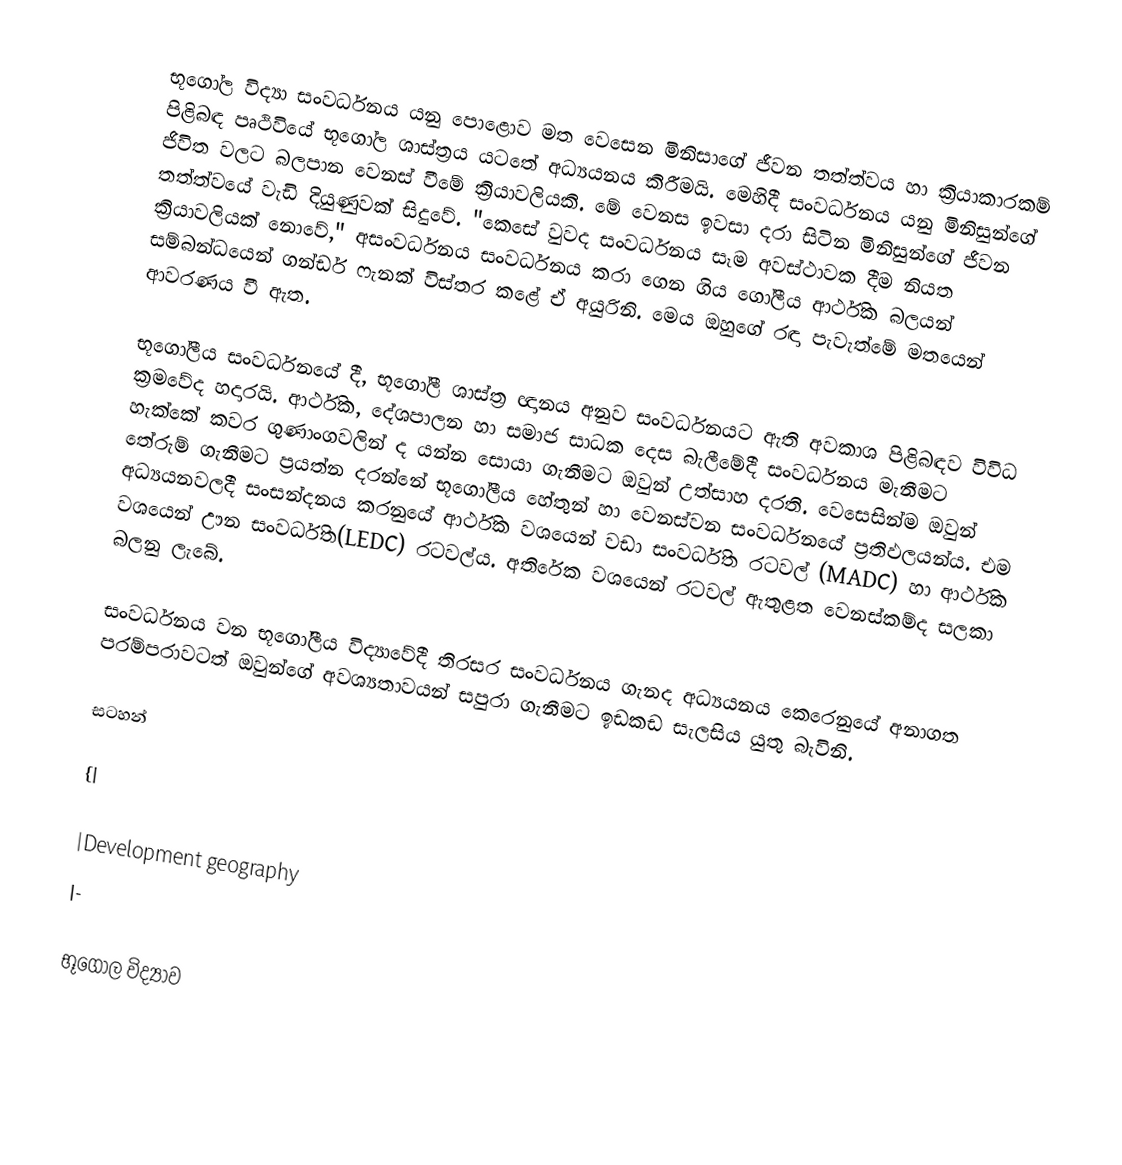
භූගෝල විද්‍යා සංවර්ධනය යනු පොළොව මත වෙසෙන මිනිසාගේ ජීවන තත්ත්වය හා ක්‍රියාකාරකම් පිළිබඳ පෘථිවියේ භූගෝල ශාස්ත්‍රය යටතේ අධ්‍යයනය කිරීමයි. මෙහිදී සංවර්ධනය යනු මිනිසුන්ගේ ජිවිත වලට බලපාන වෙනස් වීමේ ක්‍රියාවලියකි. මේ වෙනස ඉවසා දරා සිටින මිනිසුන්ගේ ජීවන තත්ත්වයේ වැඩි දියුණුවක් සිදුවේ. "කෙසේ වුවද සංවර්ධනය සෑම අවස්ථාවක දීම නියත ක්‍රියාවලියක් නොවේ," අසංවර්ධනය සංවර්ධනය කරා ගෙන ගිය ගෝලීය ආර්ථික බලයන් සම්බන්ධයෙන් ගන්ඩර් ෆැනක් විස්තර කළේ ඒ අයුරිනි. මෙය ඔහුගේ රඳා පැවැත්මේ මතයෙන් ආවරණය වී ඇත.

භූගෝලීය සංවර්ධනයේ දී, භූගෝලී ශාස්ත්‍ර ඥානය අනුව සංවර්ධනයට ඇති අවකාශ පිළිබඳව විවිධ ක්‍රමවේද හදාරයි. ආර්ථික, දේශපාලන හා සමාජ සාධක දෙස බැලීමේදී සංවර්ධනය මැනීමට හැක්කේ කවර ගුණාංගවලින් ද යන්න සොයා ගැනීමට ඔවුන් උත්සාහ දරති. වෙසෙසින්ම ඔවුන් තේරුම් ගැනීමට ප්‍රයත්න දරන්නේ  භූගෝලීය හේතුන් හා වෙනස්වන සංවර්ධනයේ ප්‍රතිඵලයන්ය. එම අධ්‍යයනවලදී සංසන්දනය කරනුයේ ආර්ථික වශයෙන් වඩා සංවර්ධිත රටවල් (MADC) හා ආර්ථික වශයෙන් ඌන සංවර්ධිත(LEDC) රටවල්ය. අතිරේක වශයෙන් රටවල් ඇතුළත වෙනස්කම්ද සලකා බලනු ලැබේ.

සංවර්ධනය වන භූගෝලීය විද්‍යාවේදී තිරසර සංවර්ධනය ගැනද අධ්‍යයනය කෙරෙනුයේ අනාගත පරම්පරාවටත් ඔවුන්ගේ අවශ්‍යතාවයන් සපුරා ගැනීමට ඉඩකඩ සැලසිය යුතු බැවිනි.

සටහන්

{|

|Development geography
|-

භූගෝල විද්‍යාව